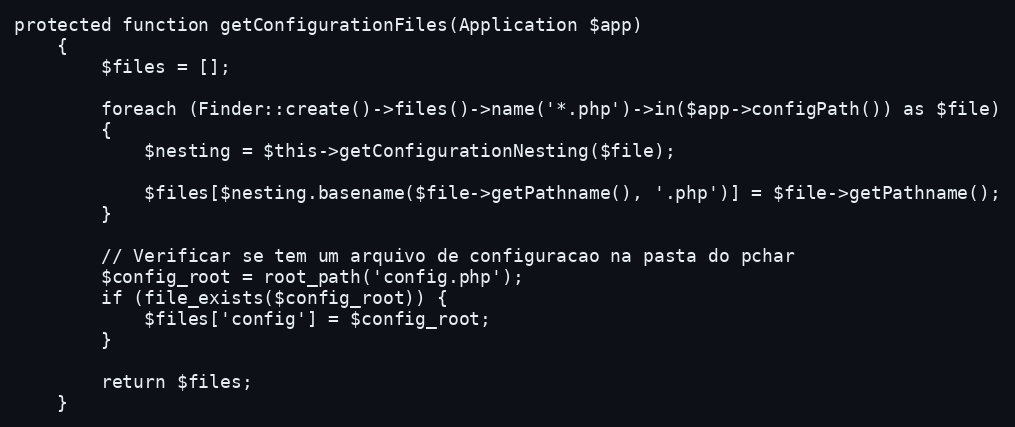
Language: PHP
protected function getConfigurationFiles(Application $app)
	{
		$files = [];

		foreach (Finder::create()->files()->name('*.php')->in($app->configPath()) as $file)
		{
			$nesting = $this->getConfigurationNesting($file);

			$files[$nesting.basename($file->getPathname(), '.php')] = $file->getPathname();
		}

        // Verificar se tem um arquivo de configuracao na pasta do pchar
        $config_root = root_path('config.php');
        if (file_exists($config_root)) {
            $files['config'] = $config_root;
        }

		return $files;
	}